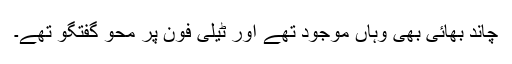
چاند بھائی بھی وہاں موجود تھے اور ٹیلی فون پر محوِ گفتگو تھے۔